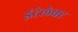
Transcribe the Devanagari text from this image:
इंटेलेक्ट